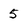
Character: 5